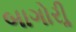
બાગોરીૢ